Lunatic asylums Punjab 1881-1894 - 1881-1894
Year: 1881
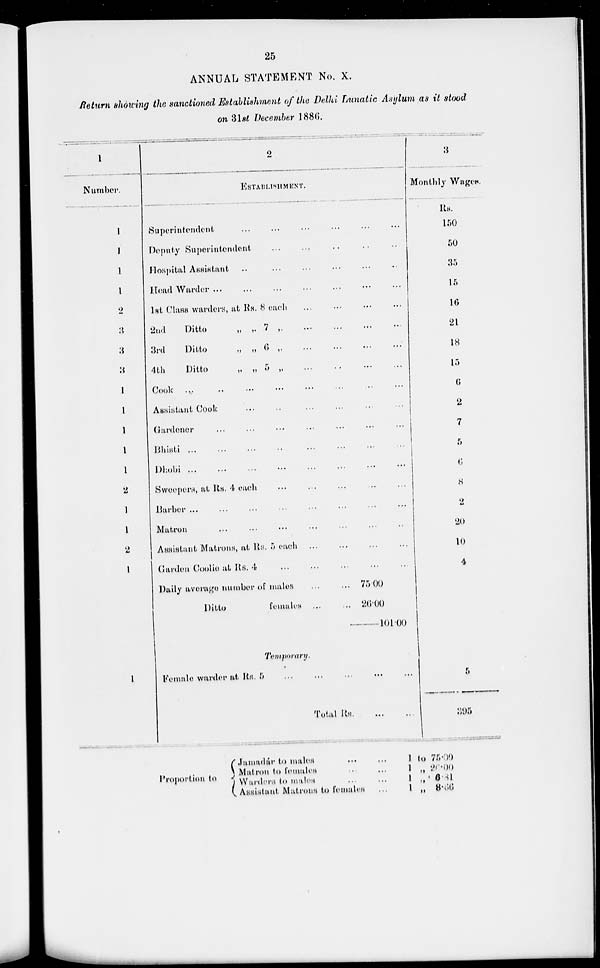
25
ANNUAL STATEMENT No. X.
Return showing the sanctioned Establishment of the Delhi Lunatic Asylum as it stood
on 31st December 1886.
1
Number.
1
1
1
1
1
2
3
3
3
1
1
1
1
1
2
1
1
2
1
1
2
ESTABLISHMENT.
Superintendent ... ... ... ... ...
Deputy Superintendent ... ... ... . .. ...
Hospital Assistant ... ... ... ...
Head Warder
...
...
...
...
1st Class warders, at Rs. 8 each ... ...
2nd
Ditto
„ „ 7 „ ...
3rd
Ditto
„ „ 6 „ ...
4
th
Ditto
„
„
5
„
...
...
...
...
Cook ... ... ... ... ...
Assistant Cook ... ... ... ...
Gardener ... ... ... ... ...
Bhisti ... ... ... ... ...
Dhobi ... ... ... ... ...
Sweepers , at Rs. 4 each
Barbur ... ... ... ... ...
Matron
Assistant Matrons, at Rs. 5 each ... ... ... ... ...
Carden Coolic at Rs. 4 ... ...
Daily average number of males
75.00
Ditto females ... ... 26.00
101.00
Temporary.
Female warder at Rs. 5
...
...
...
...
Total
Rs.
...
...
3
Monthly Wages.
Rs.
150
50
35
15
16
21
18
15
6
2
7
5
6
8
2
20
10
4
5
395
Proportion to
Jamadár to
males
...
...
Matron to females ... ...
Warders to males ... ... ...
Assistant Matrons to females ...
1
1
1
1
to
„
„
„
75.00
26.00
6.81
8.66